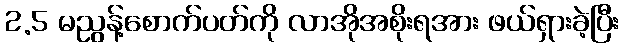
2.5 မညွန့်စောက်ပတ်ကို လာအိုအစိုးရအား ဖယ်ရှားခဲ့ပြီး